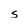
Character: s